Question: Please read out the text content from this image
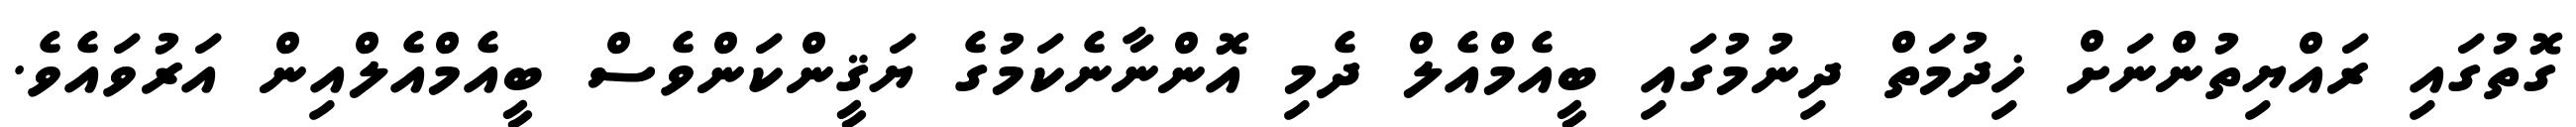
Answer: ގޮތުގައި ރައްޔިތުންނަށް ޚިދުމަތް ދިނުމުގައި ބީއެމްއެލް ދެމި އޮންނާނެކަމުގެ ޔަޤީންކަންވެސް ބީއެމްއެލްއިން އަރުވައެވެ.